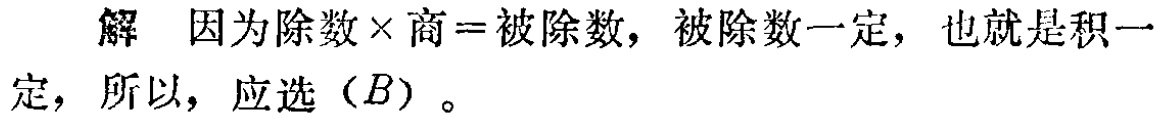
解 因为除数×商=被除数，被除数一定，也就是积一定，所以，应选（B）。